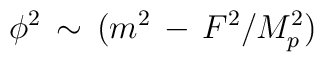
\phi^2 \, \sim \, ( m^2 \, -\,  F^2/ M_p^2)